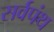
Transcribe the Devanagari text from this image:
सर्वपंथ